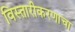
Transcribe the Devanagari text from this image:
विस्तारीकरणाचा